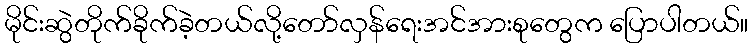
မိုင်းဆွဲတိုက်ခိုက်ခဲ့တယ်လို့တော်လှန်ရေးအင်အားစုတွေက ပြောပါတယ်။